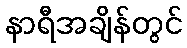
နာရီအချိန်တွင်